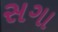
સગા